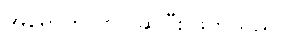
အရောက်လာပါဆိုပြီး ဖိတ်သည်။